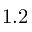
1 . 2